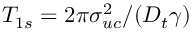
T _ { 1 s } = 2 \pi \sigma _ { u c } ^ { 2 } / ( D _ { t } \gamma )